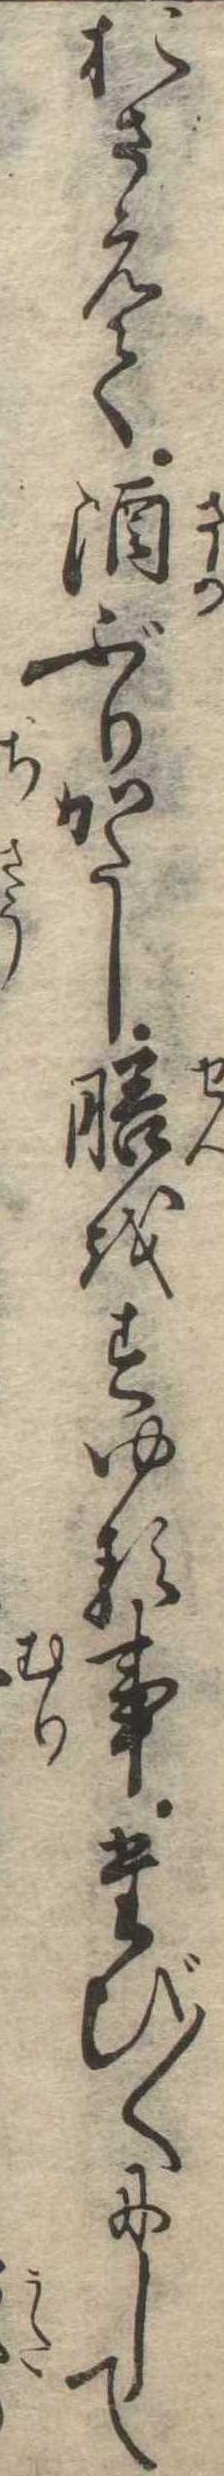
おさえて酒ぶりかたし膳をすゆる事たび〱にして